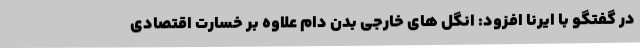
در گفتگو با ایرنا افزود: انگل های خارجی بدن دام علاوه بر خسارت اقتصادی